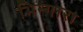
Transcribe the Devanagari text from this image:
भिन्गारा